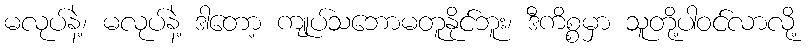
မလုပ်နဲ့၊ မလုပ်နဲ့ ဒါတော့ ကျုပ်သဘောမတူနိုင်ဘူး၊ ဒီကိစ္စမှာ သူတို့ပါဝင်လာလို့